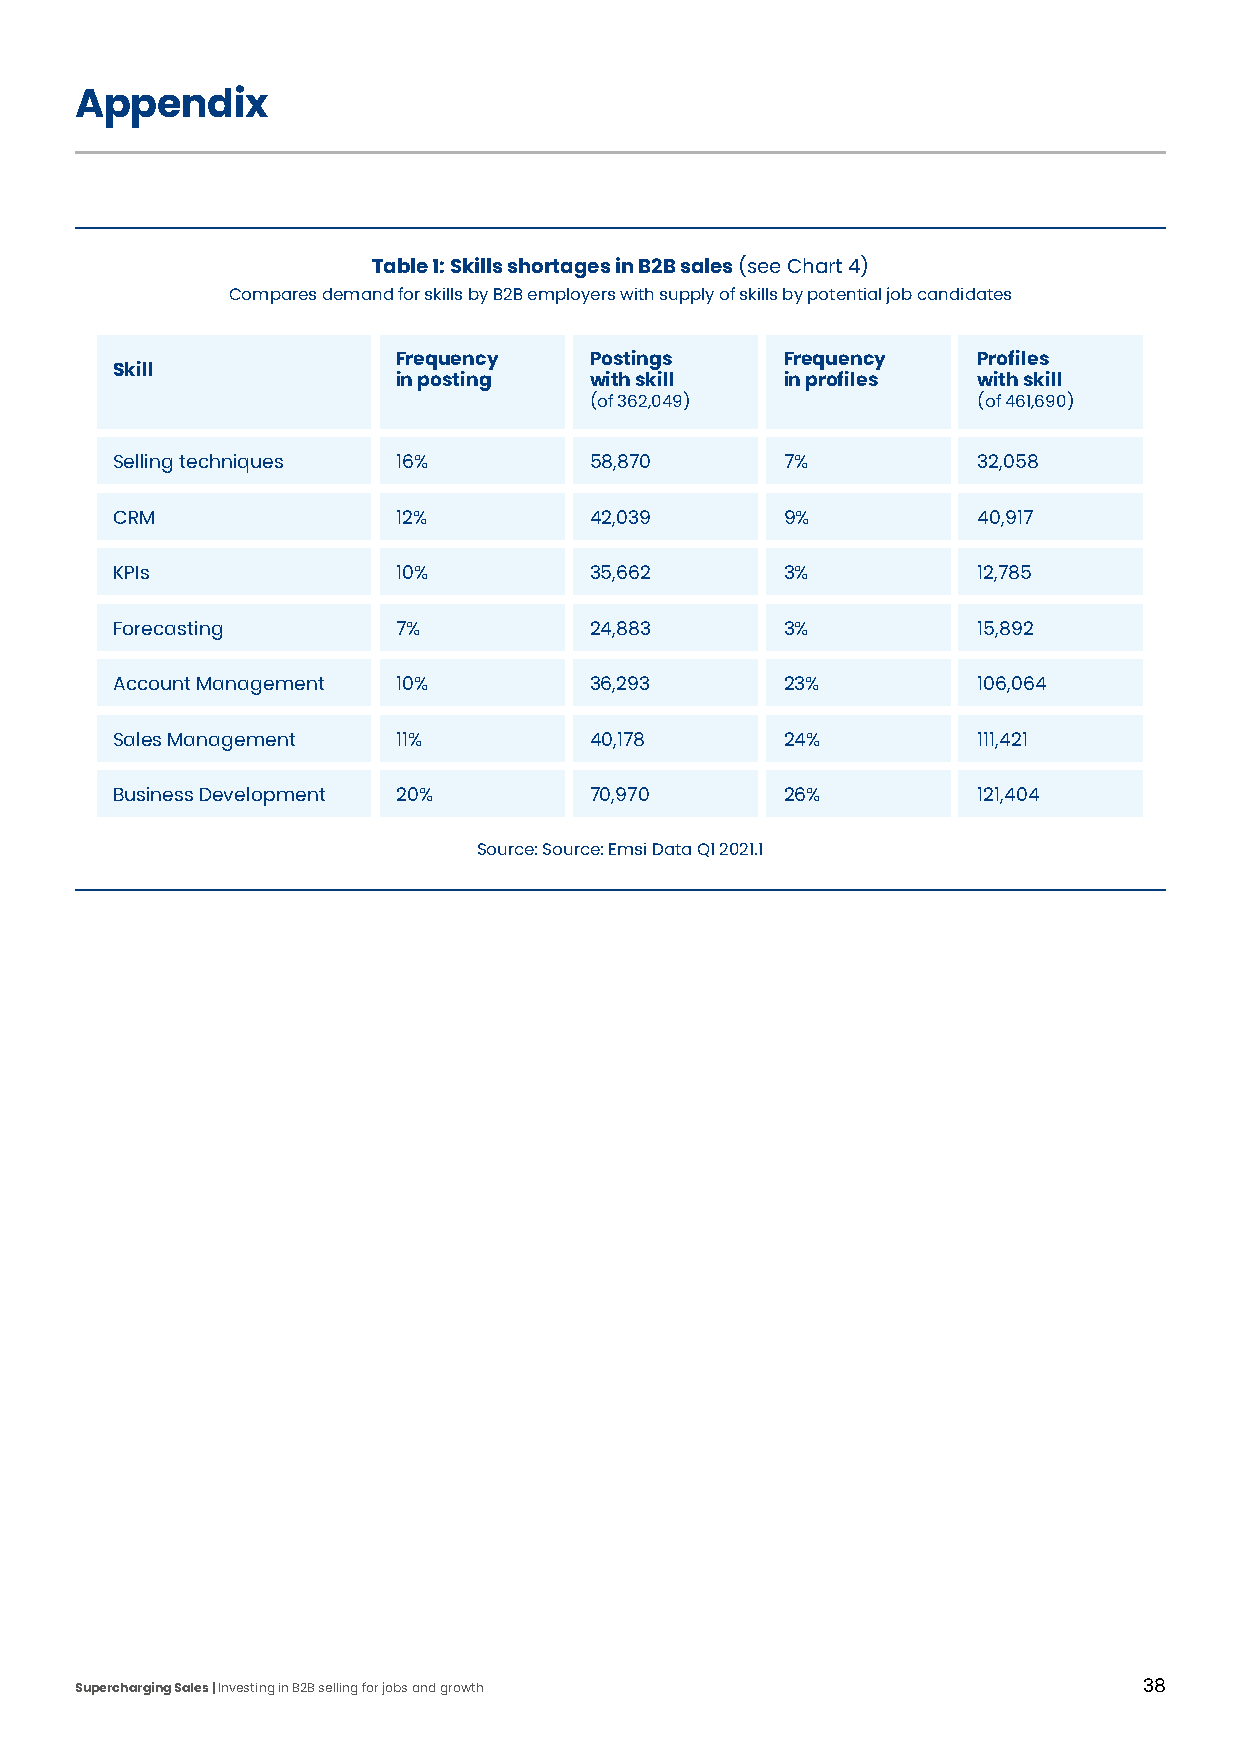
Appendix
 Table 1: Skills shortages in B2B sales (see Chart 4)
 Compares demand for skills by B2B employers with supply of skills by potential job candidates
 Frequency    Postings     Frequency    Profiles
 Skill
 in posting   with skill   in profiles  with skill
 (of 362,049)              (of 461,690)
 Selling techniques 16%         58,870       7%           32,058
 CRM               12%          42,039       9%           40,917
 KPIs              10%          35,662       3%           12,785
 Forecasting       7%           24,883       3%           15,892
 Account Management 10%         36,293       23%          106,064
 Sales Management  11%          40,178       24%          111,421
 Business Development 20%       70,970       26%          121,404
 Source: Source: Emsi Data Q1 2021.1
 Supercharging Sales | Investing in B2B selling for jobs and growth     38